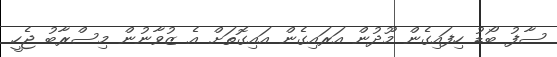
ސާފު ބޯޑު ހިފައިގެން މޫދުން އަރައިގެން އައިގޮތަށް އެ ޒުވާނުން މިސްރާބު ޖެހީ